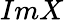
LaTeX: ImX